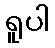
ရူပါ